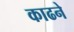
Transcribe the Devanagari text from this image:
काढने